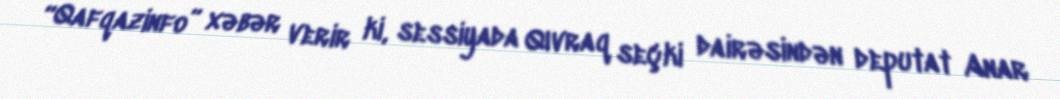
“Qafqazinfo” xəbər verir ki, sessiyada Qıvraq seçki dairəsindən deputat Anar